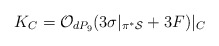
\begin{align*}K_C={\cal O}_{dP_9}(3 \sigma|_{\pi^{*}{\cal S}}+ 3F)|_C\end{align*}